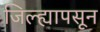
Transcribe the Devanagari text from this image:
जिल्ह्यापसून